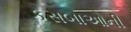
કસબાઓની